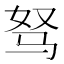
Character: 驽